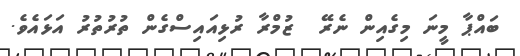
ބައްޕާ މީނަ މިގެއިން ނެރޭ  ޒުމްރާ ރުޅިއައިސްގެން ތުރުތުރު އަޅައެވެ.